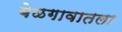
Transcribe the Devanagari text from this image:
बेळगावातला